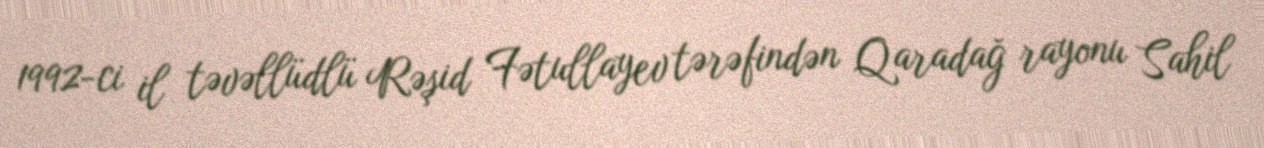
1992-ci il təvəllüdlü Rəşid Fətullayev tərəfindən Qaradağ rayonu Sahil